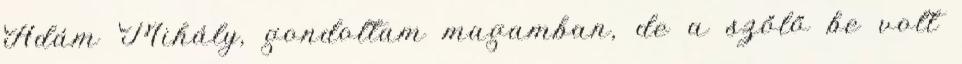
Ádám Mihály, gondoltam magamban, de a szőlő be volt